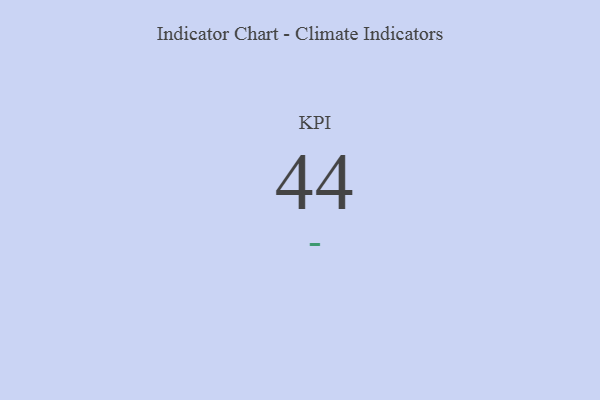
{"axis": {"x": "KPI", "y": "Value"}, "legend": [""], "data": [{"x": "KPI", "y": 44, "type": ""}]}